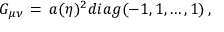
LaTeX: G _ { \mu \nu } \, = \, a ( \eta ) ^ { 2 } d i a g ( - 1 , 1 , \dots , 1 ) \, ,